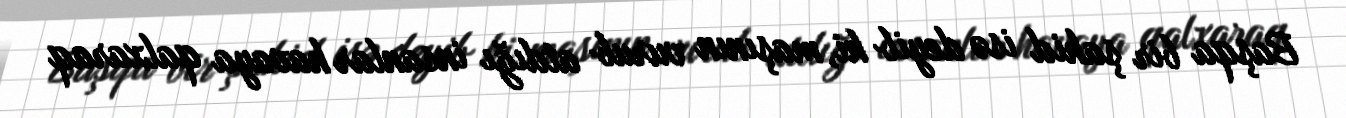
Başqa bir şahid isə deyib ki, maşının vurub atdığı insanlar havaya qalxaraq